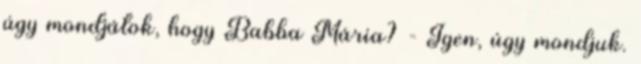
úgy mondjátok, hogy Babba Mária? - Igen, úgy mondjuk.